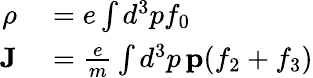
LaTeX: \begin{array}{rl}{\rho}&{{}=e\int d^{3}pf_{0}}\\ {{\mathbf J}}&{{}=\frac{e}{m}\int d^{3}p\, \mathbf{p}(f_{2}+f_{3})}\end{array}